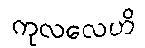
ကုလလေဟိ